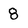
Character: 8